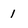
Character: 1